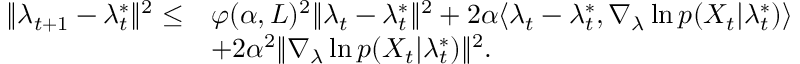
\begin{array} { r l } { \| \lambda _ { t + 1 } - \lambda _ { t } ^ { * } \| ^ { 2 } \leq } & { \varphi ( \alpha , L ) ^ { 2 } \| \lambda _ { t } - \lambda _ { t } ^ { * } \| ^ { 2 } + 2 \alpha \langle \lambda _ { t } - \lambda _ { t } ^ { * } , \nabla _ { \lambda } \ln p ( X _ { t } | \lambda _ { t } ^ { * } ) \rangle } \\ & { + 2 \alpha ^ { 2 } \| \nabla _ { \lambda } \ln p ( X _ { t } | \lambda _ { t } ^ { * } ) \| ^ { 2 } . } \end{array}